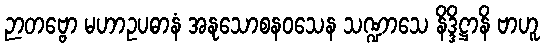
ဉာတဗ္ဗော မဟာဥပဓာနံ အနုသောစနဝသေန သဏ္ဍာသေ နိဒ္ဒိဋ္ဌာနိ ဗာဟူ